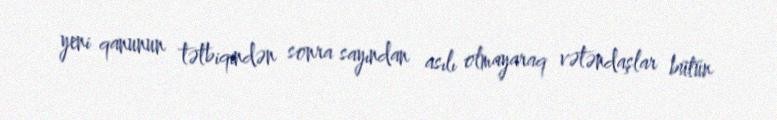
yeni qanunun tətbiqindən sonra sayından asılı olmayaraq vətəndaşlar bütün